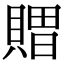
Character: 𮚖